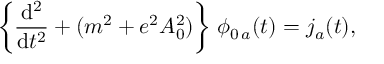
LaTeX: \left\{ \frac { \mathrm { d } ^ { 2 } } { \mathrm { d } t ^ { 2 } } + ( m ^ { 2 } + e ^ { 2 } A _ { 0 } ^ { 2 } ) \right\} \, \phi _ { 0 \, a } ( t ) = j _ { a } ( t ) ,